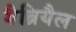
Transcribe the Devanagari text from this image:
गैब्रियैल